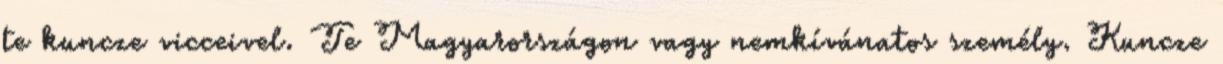
te kuncze vicceivel. Te Magyarországon vagy nemkívánatos személy. Kuncze